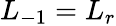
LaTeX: L_{-1}=L_{r}